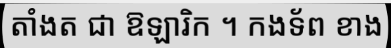
តាំងត ជា ឱឡារិក ។ កងទ័ព ខាង